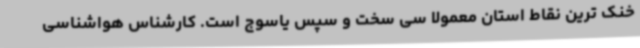
خنک ترین نقاط استان معمولا سی سخت و سپس یاسوج است. کارشناس هواشناسی